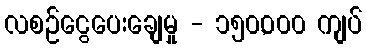
လစဉ်ငွေပေးချေမှု - ၁၅၀,၀၀၀ ကျပ်